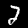
Digit: 2